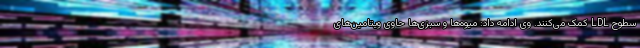
سطوح LDL کمک می‌کنند. وی ادامه داد: میوه‌ها و سبزی‌ها حاوی ویتامین‌های